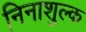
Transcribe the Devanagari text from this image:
निनाशुल्क